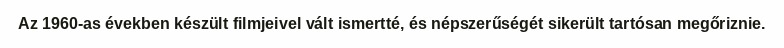
Az 1960-as években készült filmjeivel vált ismertté, és népszerűségét sikerült tartósan megőriznie.